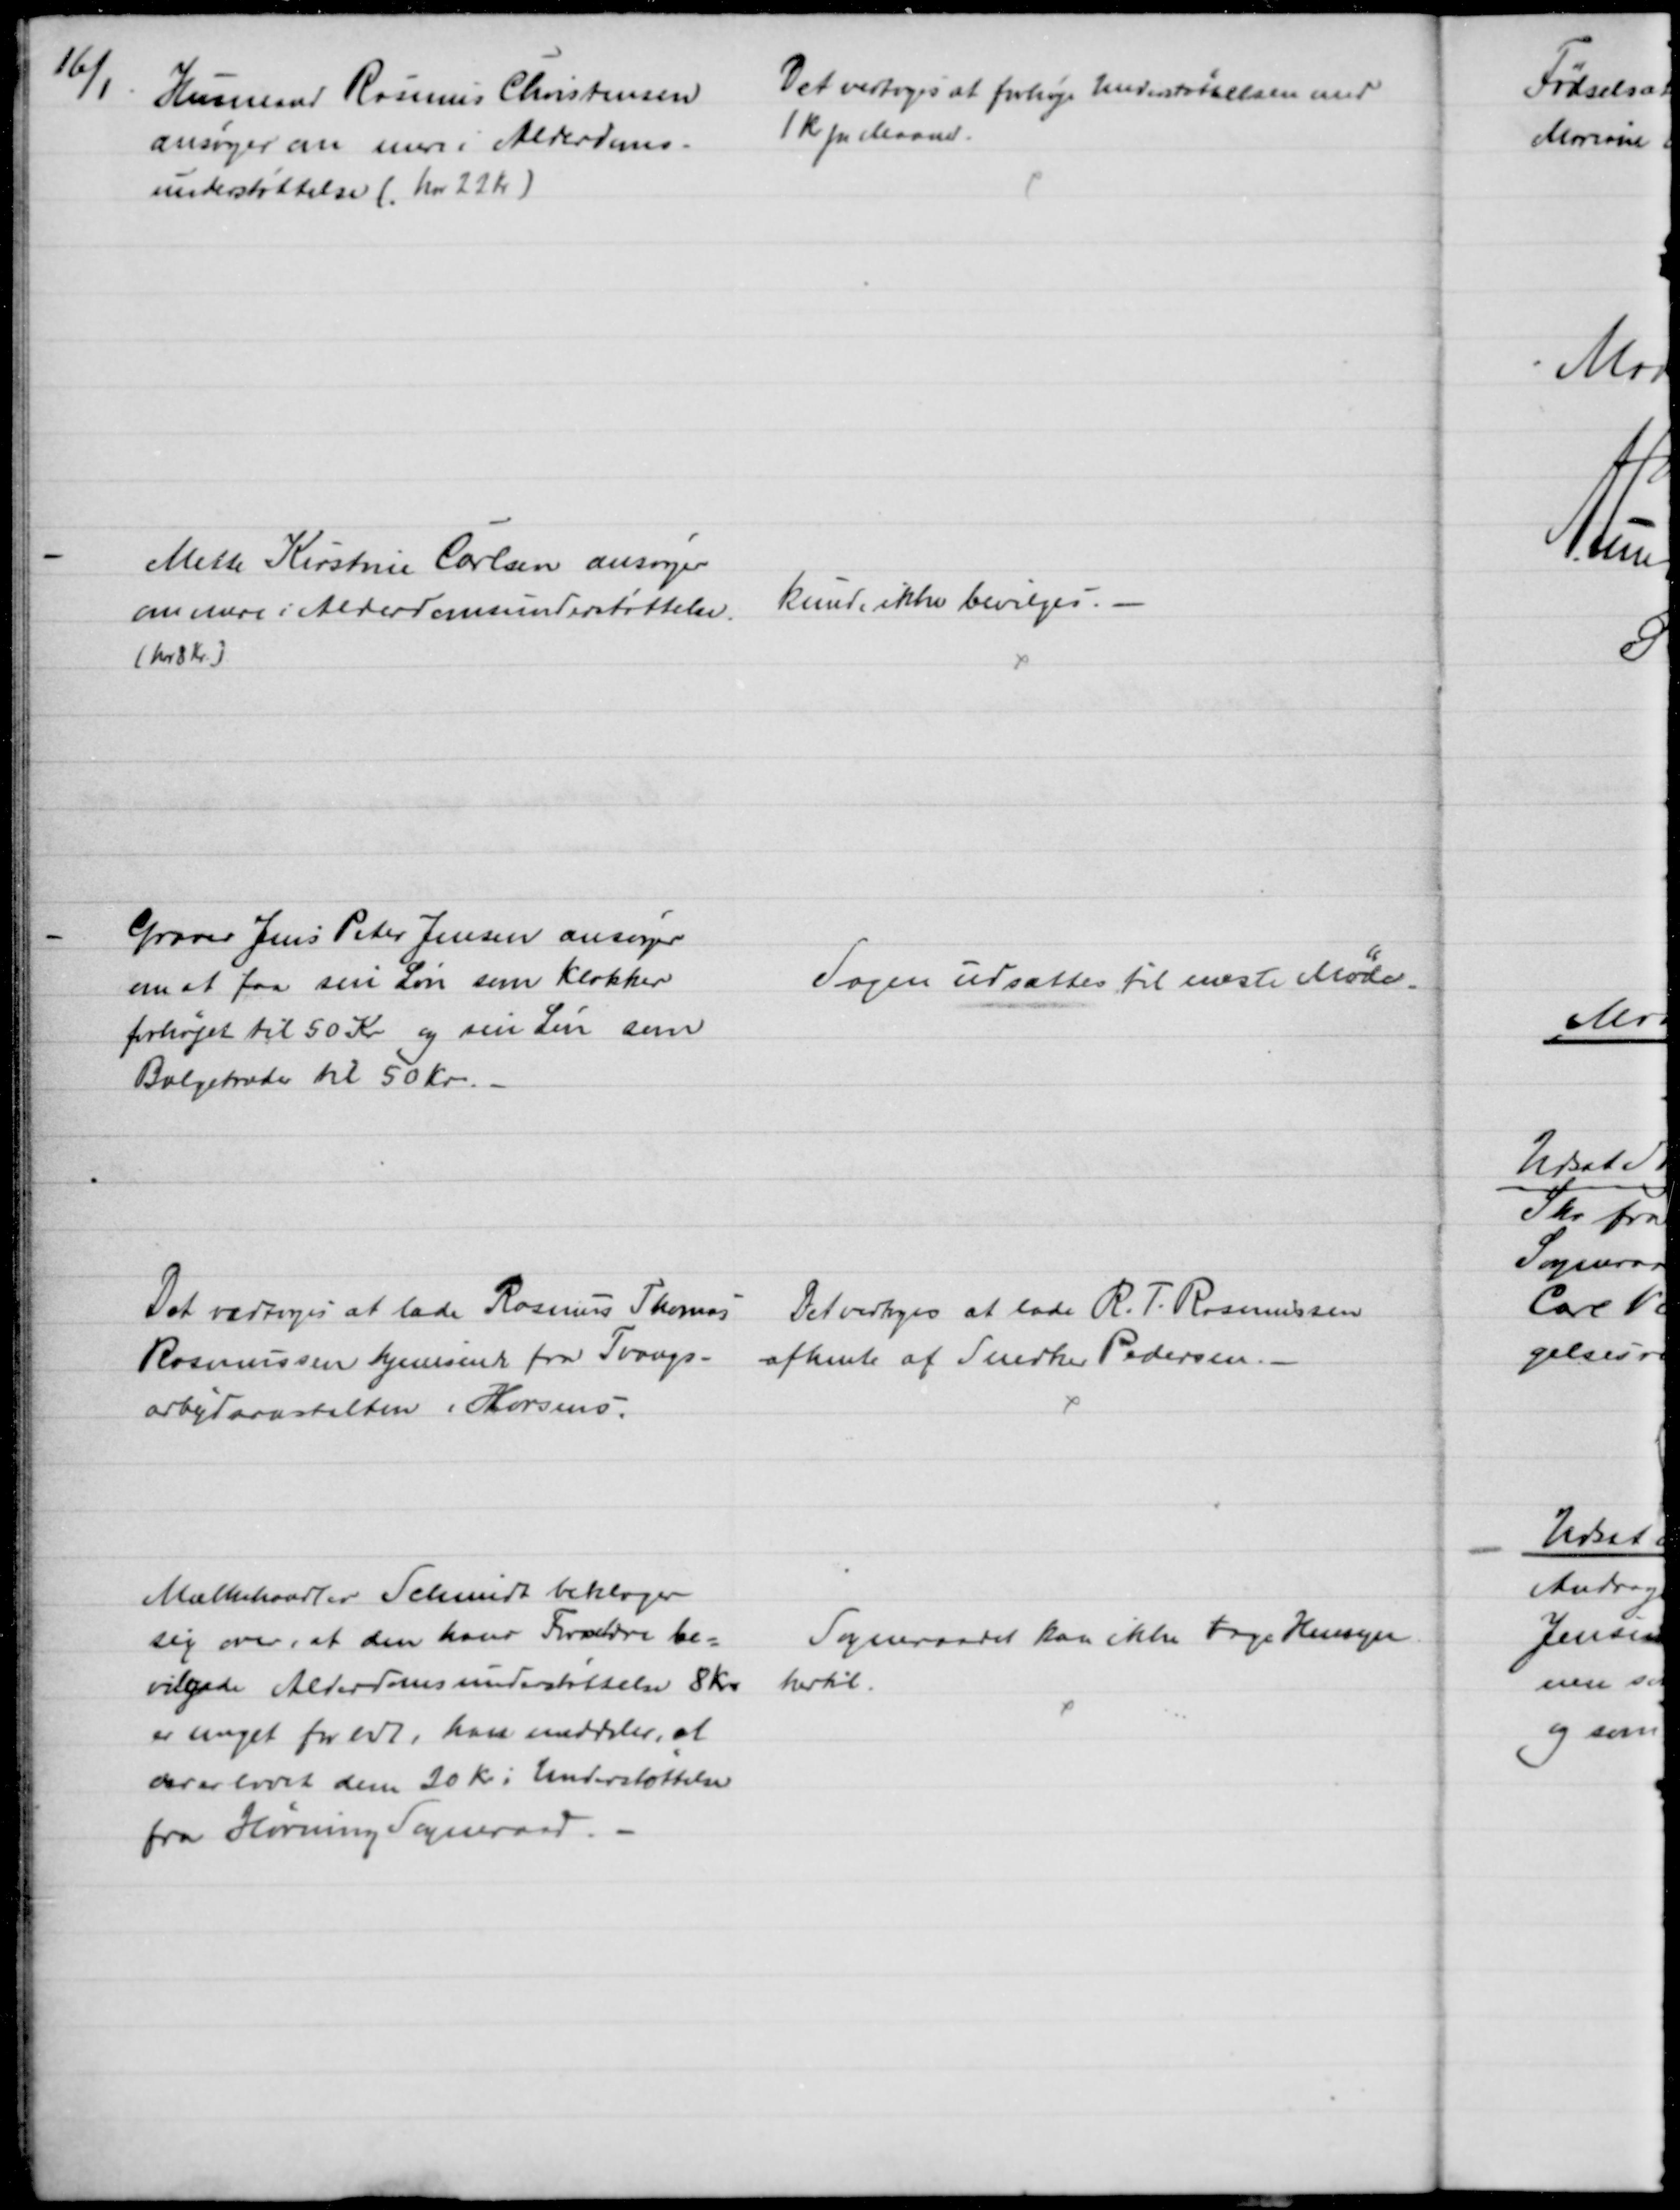
Transskription:
16/1
Husmand Rasmus Christensen
ansøger om mere i Alderdoms-
understøttelse ( har 22 Kr)
Det vedtoges at forhøje Understøttelsen med
1 kr pr Maaned.
Mette Kirstine Carlsen ansøger
om mere i Alderdomsunderstøttelse.
(har 8 Kr.)
kunde ikke bevilges. 
Graver Jens Peter Jensen ansøger
om at faa sin Løn som Klokker
forhøjet til 50 Kr og sin Løn som
Bælgetræder til 50 Kr.
Sagen udsattes til næste Møde.
Det vedtoges at lade Rasmus Thomas 
Rasmussen hjemsende fra Tvangs - 
arbejdsanstalten i Horsens.
Det vedtoges at lade R. T. Rasmussen
afhente af Snedker Pedersen. -
Mælkehandler Schmidt beklager
sig over, at den hans Forældre be-
vilgede Alderdomsunderstøttelse 8 Kr.
er meget for lidt, han meddeler, at
der er lovet dem 20 Kr i Understøttelse
fra Hørning Sogneraad.
Sogneraadet kan ikke tage Hensyn
hertil.